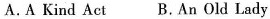
A.A Kind Act B.An Old Lsdy